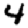
Digit: 4